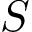
S